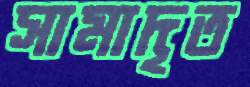
সামাদৃত